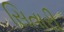
સિતારી